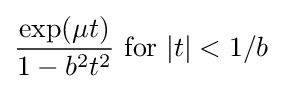
{\frac {\exp(\mu t)}{1-b^{2}t^{2}}}{\text{ for }}|t|<1/b